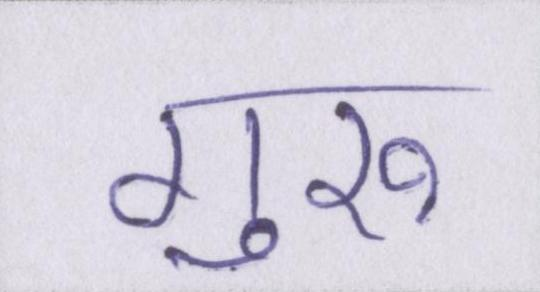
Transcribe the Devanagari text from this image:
गुरुॱ